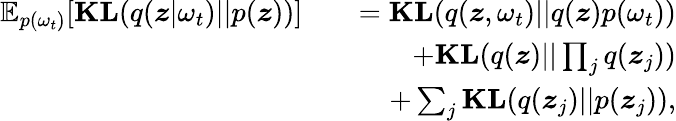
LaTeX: \begin{array}{rlr}{\mathbb{E}_{p(\omega_{t})}[\textbf{KL}(q(\boldsymbol{z}|\omega_{t})||p(\boldsymbol{z}))]}&{}&{=\textbf{KL}(q(\boldsymbol{z},\omega_{t})||q(\boldsymbol{z})p(\omega_{t}))}\\ &{}&{+\textbf{KL}(q(\boldsymbol{z})||\prod_{j}q(\boldsymbol{z}_{j}))}\\ &{}&{+\sum_{j}\textbf{KL}(q(\boldsymbol{z}_{j})||p(\boldsymbol{z}_{j})),}\end{array}